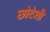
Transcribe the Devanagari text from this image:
छोटेशी